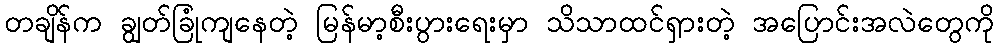
တချိန်က ချွတ်ခြုံကျနေတဲ့ မြန်မာ့စီးပွားရေးမှာ သိသာထင်ရှားတဲ့ အပြောင်းအလဲတွေကို